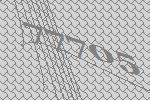
77705